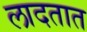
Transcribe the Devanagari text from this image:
लादतात